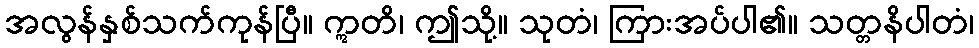
အလွန်နှစ်သက်ကုန်ပြီ။ ဣတိ၊ ဤသို့။ သုတံ၊ ကြားအပ်ပါ၏။ သတ္တနိပါတံ၊